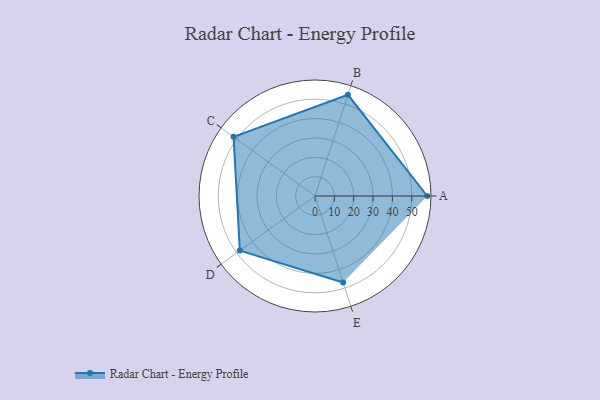
{"axis": {"x": "Skill", "y": "Score"}, "legend": ["Profile"], "data": [{"x": "A", "y": 58.0, "type": "Profile"}, {"x": "B", "y": 55.0, "type": "Profile"}, {"x": "C", "y": 52.0, "type": "Profile"}, {"x": "D", "y": 48.0, "type": "Profile"}, {"x": "E", "y": 47.0, "type": "Profile"}]}